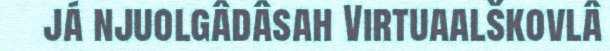
já njuolgâdâsah Virtuaalškovlâ